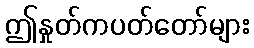
ဤနှုတ်ကပတ်တော်များ